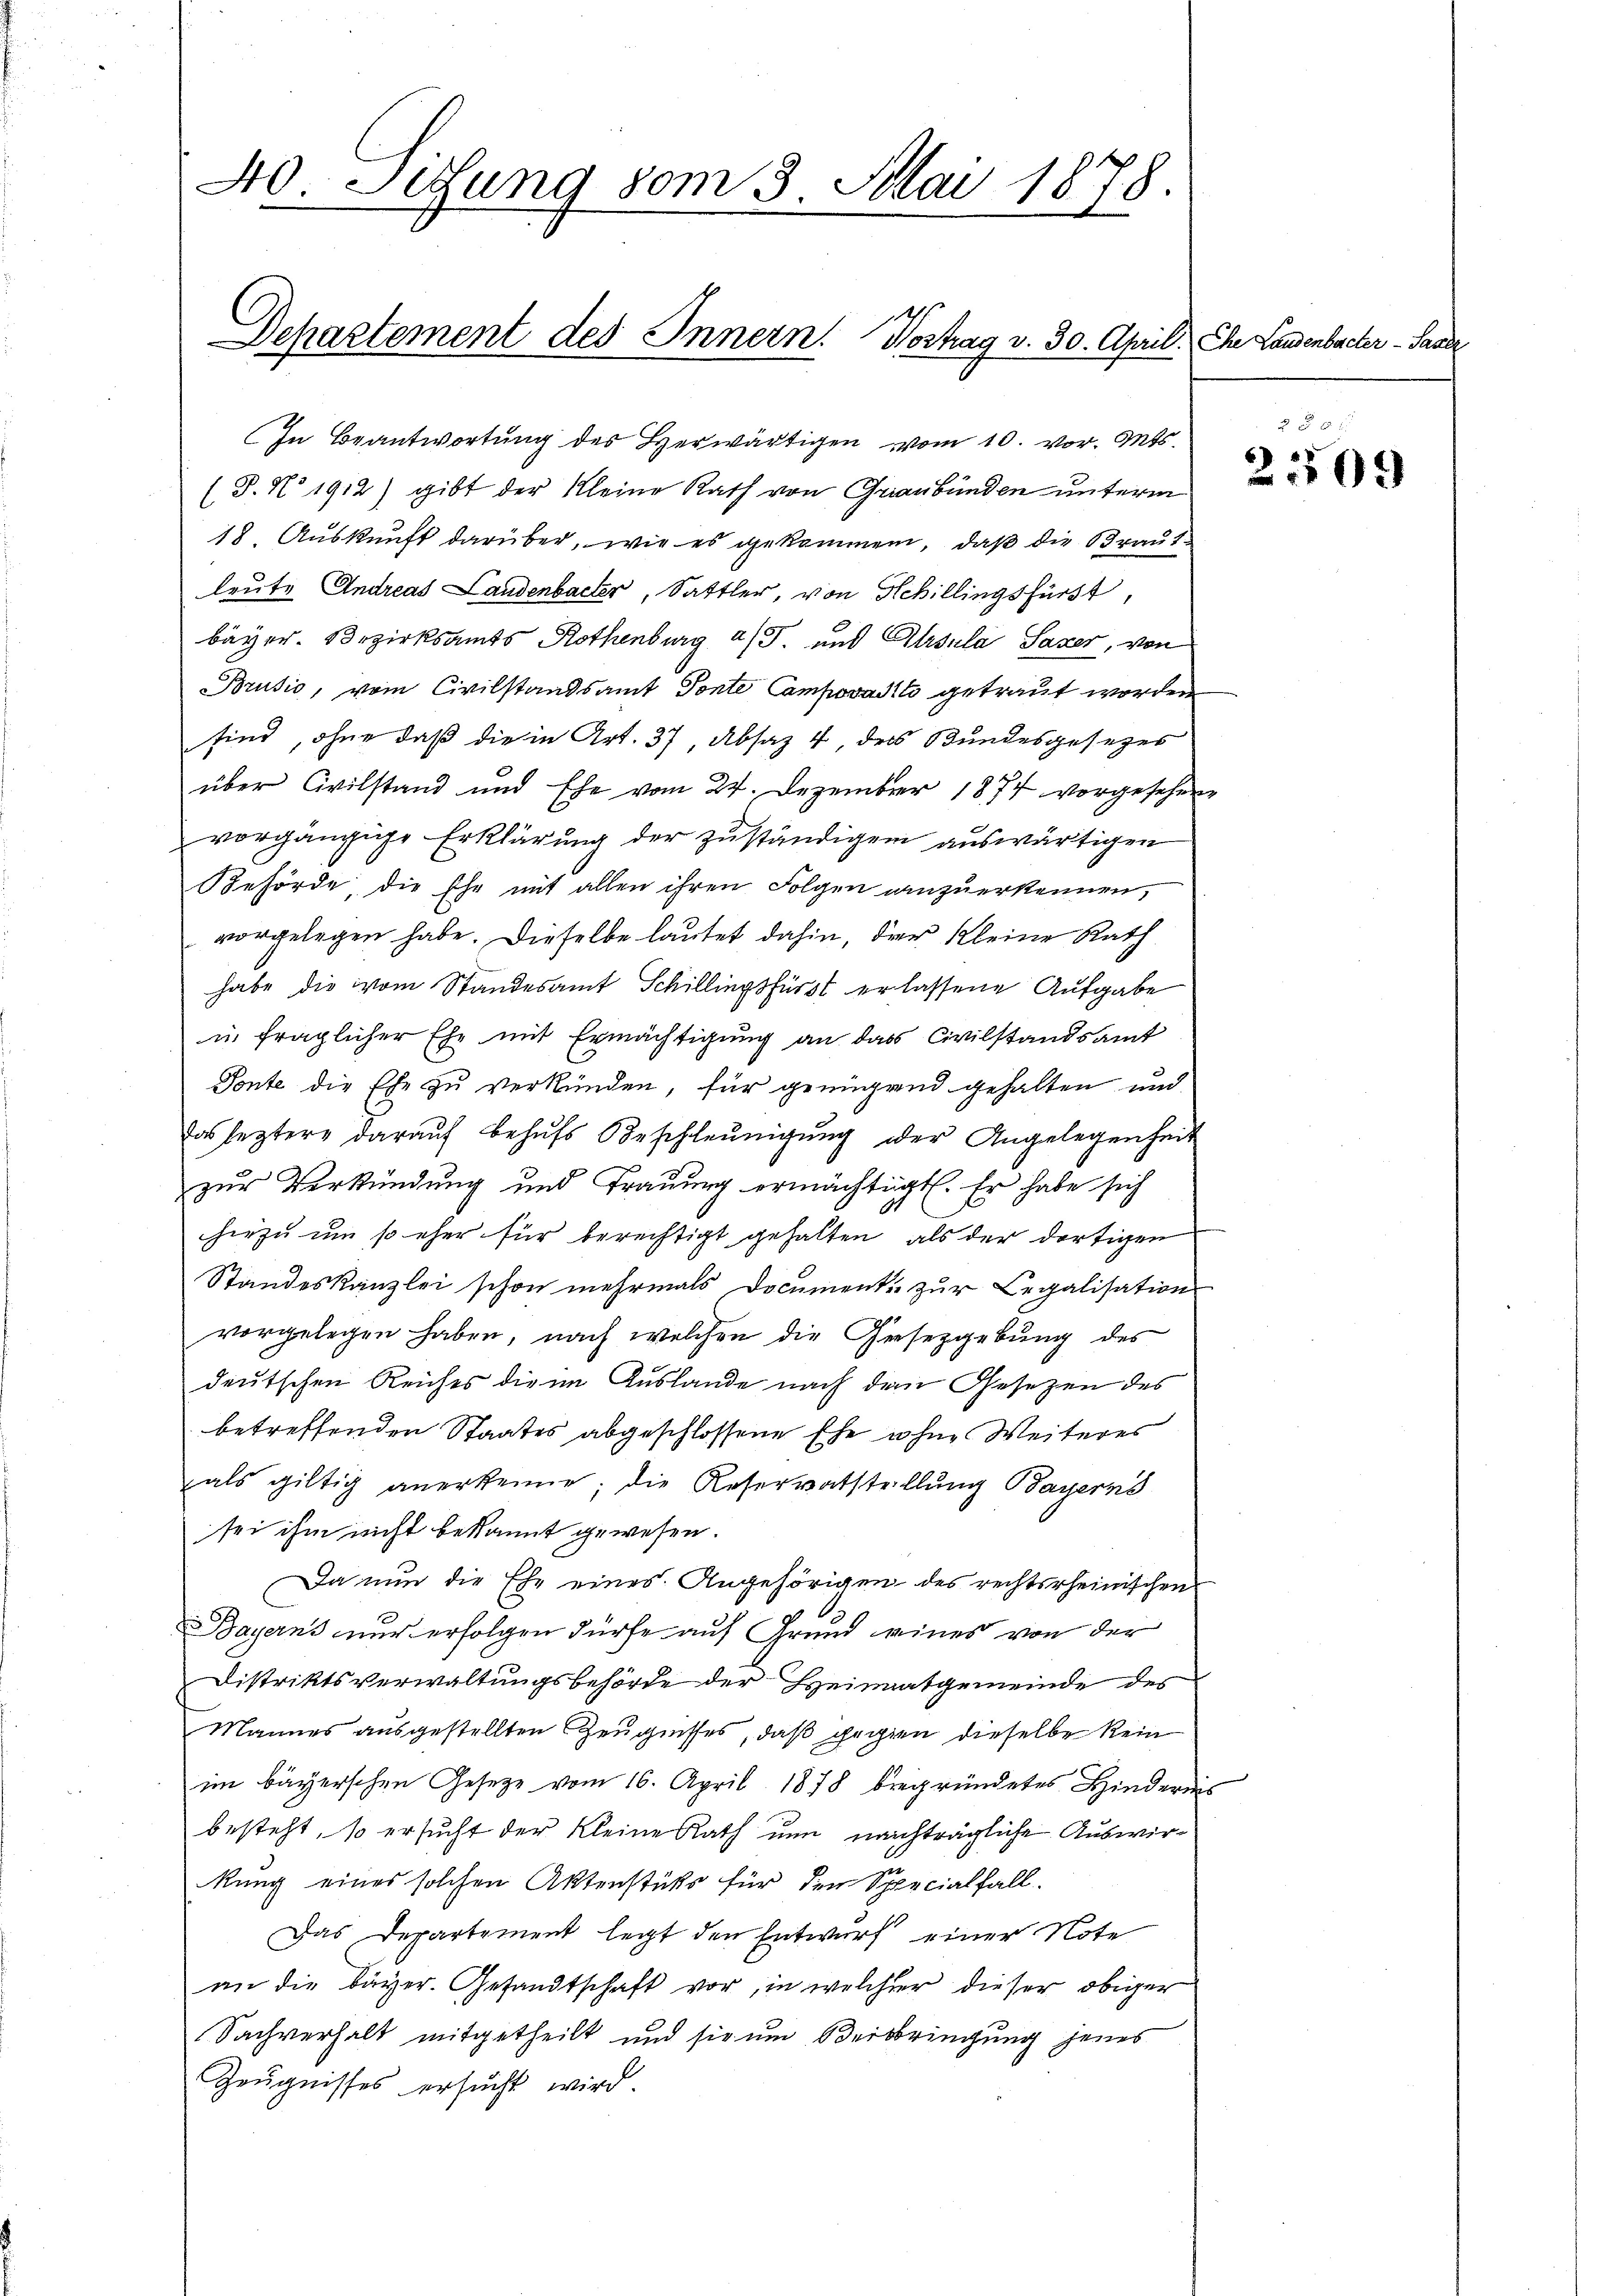
40. Sitzung vom 3. Mai 1878.

Departement des Innern. Vortrag v. 30. April. Ihr Landenbacher - Sage

In Beantwortung des Herwärtigen vom 10. vor. Mts.
(T. No 1912) gibt der Kleine Rath von Graubünden unterm
18. Auskunft darüber, wie es gekommen, daß die Braut
leute Andreas Landenbacher, Sattler, von Schillingsfürst,
bayer. Bezirksamts Rothenburg a/S. und Alrsula Saxer, von
Brusio, vom Civilstandsamt Tonte Campovaditi getraut worden
sind, ohne daß die in Art. 37, Absaz 4, des Bundesgesezes
über Civilstand und Ehe vom 24. Dezember 1874 vorgesehene
vorgängige Erklärung der zuständigen auswärtigen
Behörde, die Ehe mit allen ihren Folgen anzuerkennen,
vorgelegen habe. Dieselbe lautet dahin, der Kleine Rath
habe die vom Standesamt Schillingsfürst erlassene Aufgabe
in fraglicher Ehe mit Ermächtigung an das Civilstandsamt
Tonte die Ehe zu verkünden, für genügend gehalten und
das leztere daraŭf behŭfs Beschleunigŭng der Angelegenheit
zur Verkündung und Trauung ermächtigt. Er habe sich
hiezu um so eher für berechtigt gehalten, als der dortigen
Standeskanzlei schon mehrmals Document zur Legalisation
vorgelegen haben, nach welchen die Gesetzgebung des
deutschen Reiches die im Auslande nach dem Gesetzen des
betreffenden Staates abgeschlossene Ehe ohne Weiteres
als giltig anerkenne; die Reservatstellung Bayerns
sei ihm nicht bekannt gewesen.
Da nun die Ehe eines Angehörigen des rechtsrheinischen
Bayerns nur erfolgen dürfe auf Grund eines von der
Distriktsverwaltungsbehörde der Heimatgemeinde des
Mannes ausgestellten Zeugnisses, daß gegen dieselbe kein
im bayerschen Gesetze vom 16. April 1878 begründetes Hindernis
besteht, so ersucht der kleine Rath um nachträgliche Auswirkung eines solchen Aktenstüks für den Specialfall.
Das Departement legt den Entwurf einer Note
an die bayer. Gesandtschaft vor, in welcher dieser obiger
Sachverhalt mitgetheilt und sie um Oderbringung jenes
Zeugnisses ersucht wird.

2 f 0 x

2509